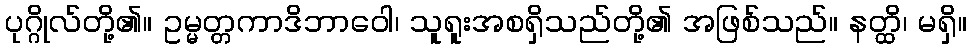
ပုဂ္ဂိုလ်တို့၏။ ဥမ္မတ္တကာဒိဘာဝေါ၊ သူရူးအစရှိသည်တို့၏ အဖြစ်သည်။ နတ္ထိ၊ မရှိ။